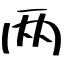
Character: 两